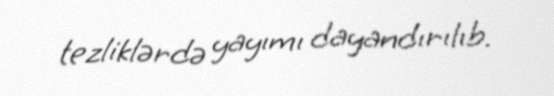
tezliklərdə yayımı dayandırılıb.